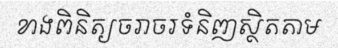
ខាងពិនិត្យចរាចរទំនិញស្ថិតតាម